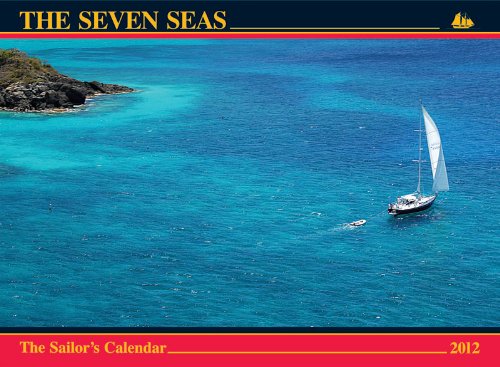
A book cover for The Seven Seas Calendar 2012: The Sailor's Calendar; Calendars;